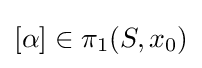
[\alpha ]\in \pi _{1}(S,x_{0})